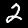
Label: 2